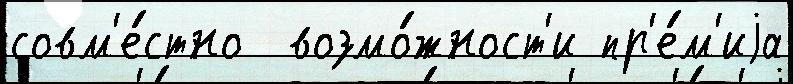
совм'е́стно  возмо́жност'и пр'е́м'иjа